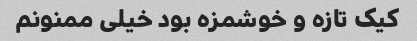
کیک تازه و خوشمزه بود خیلی ممنونم